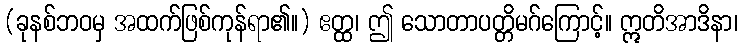
(ခုနစ်ဘဝမှ အထက်ဖြစ်ကုန်ရာ၏။) ဧတ္ထ၊ ဤ သောတာပတ္တိမဂ်ကြောင့်။ ဣတိအာဒိနာ၊